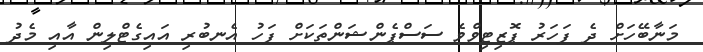
މަނާބޭހަށް ދެ ފަހަރު ޕޮޒިޓިވްވެ ސަސްޕެންޝަންތަކަށް ފަހު އެނބުރި އައިގެޓްލިން އާއި މެދު